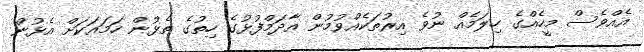
އެއްވެސް މީހެއްގެ ހިލަމެއް ނުވެ އިރުތަކެއްވުމުން އާދަމްފުޅުގެ ހިތުގެ ތެޅުން ހަމައަކަށް އެޅުން